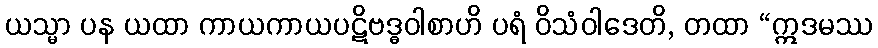
ယသ္မာ ပန ယထာ ကာယကာယပဋိဗဒ္ဓဝါစာဟိ ပရံ ဝိသံဝါဒေတိ, တထာ “ဣဒမဿ